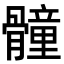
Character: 𩪘